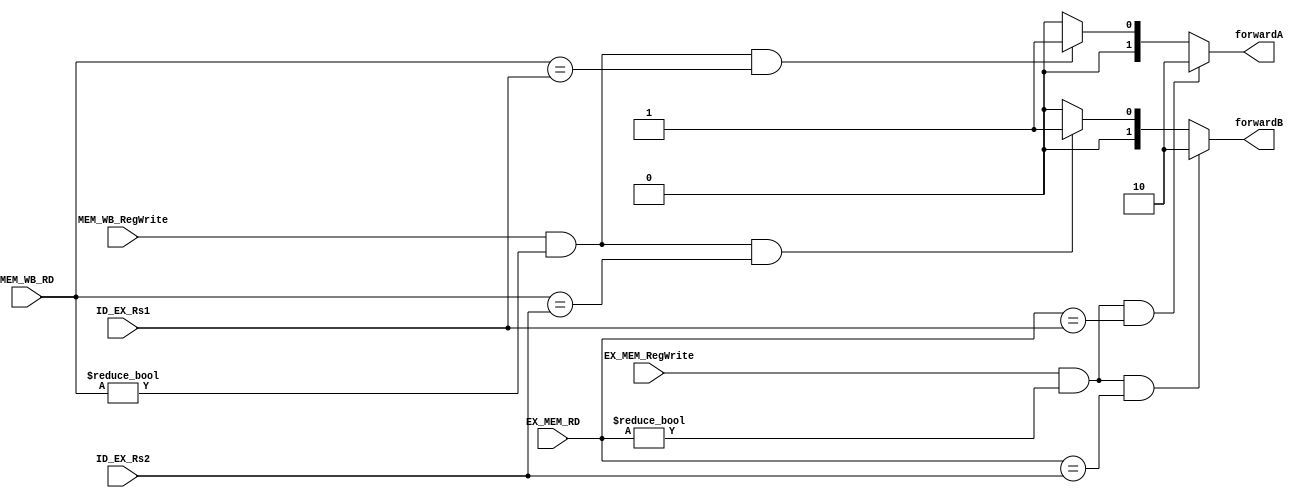
`timescale 1ns / 1ps


module forwarding(
input [4:0]ID_EX_Rs1,
input [4:0] ID_EX_Rs2,

input EX_MEM_RegWrite,
input [4:0] EX_MEM_RD,

input MEM_WB_RegWrite,
input [4:0] MEM_WB_RD,

output reg [1:0]forwardA,
output reg [1:0] forwardB
    );
    
    always @(*) begin
    
    //Forward A detection
        if ( EX_MEM_RegWrite & (EX_MEM_RD != 0)  & (EX_MEM_RD == ID_EX_Rs1) ) begin //EX mem detection
            forwardA = 2'b10; 
        end else 
        
         if ( MEM_WB_RegWrite & (MEM_WB_RD != 0) & (MEM_WB_RD == ID_EX_Rs1)) //Mem hazard Detection
//            &&  ~( EX_MEM_RegWrite && (EX_MEM_RD != 0))
//            && (EX_MEM_RD == ID_EX_Rs1) ) 
            
                forwardA = 2'b01;
                
            else forwardA =2'b00;
        
       //Forward B detection   
        if ( EX_MEM_RegWrite & (EX_MEM_RD != 0)  & (EX_MEM_RD == ID_EX_Rs2) ) begin // EX mem detection
            forwardB = 2'b10;
            end
       else if ( MEM_WB_RegWrite& (MEM_WB_RD != 0) & (MEM_WB_RD == ID_EX_Rs2)) //Mem Hazard detection
//            &  ~( EX_MEM_RegWrite & (EX_MEM_RD != 0))
//            &(EX_MEM_RD == ID_EX_Rs2) ) 
            
            forwardB = 2'b01;
                
         else forwardB =2'b00;
                
                
    end
    



endmodule